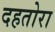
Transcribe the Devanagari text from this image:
दहतोरा